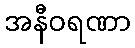
အနီဝရဏာ